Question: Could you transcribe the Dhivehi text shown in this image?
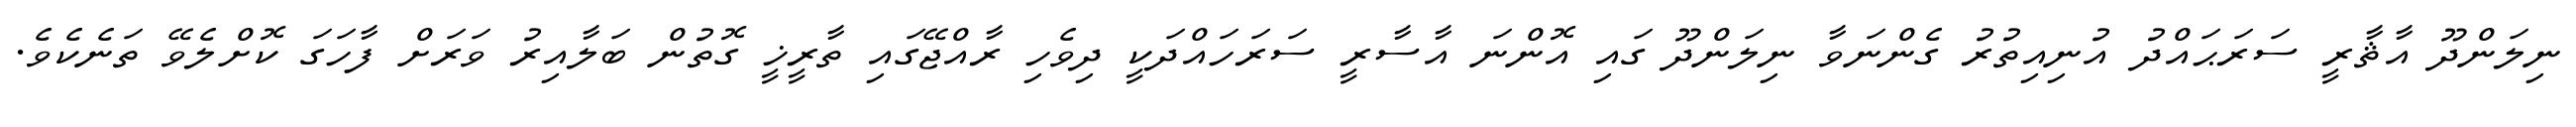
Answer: ނިލަންދޫ އާޘާރީ ސަރަޙައްދު އުނިއިތުރު ގެންނަވާ ނިލަންދޫ ގައި އޮންނަ އާސާރީ ސަރަހައްދަކީ ދިވެހި ރާއްޖޭގައި ތާރީޚީ ގޮތުން ބަލާއިރު ވަރަށް ފާހަގަ ކޮށްލެވޭ ތަނެކެވެ.